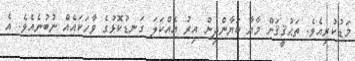
މަޑުކުރިއެވެ. ތަޙުޤީޤަށް މާޔާ ބަޔާންދިން އިރު އެއްކަލަ ގަނޑުކޮޅުގެ ވާހަކައެއް ނުބުނެއެވެ. އެ